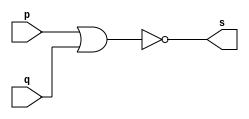
// -------------------------
// Exercicio02 - NOR
// Nome: Raphael Quintao
// -------------------------
// -------------------------
// -- nor gate
// -------------------------
module norgate ( output s, input p, q);
assign s = ~(p | q);
endmodule // orgate
// ---------------------
// -- test or gate
// ---------------------
module testnorgate;
// ------------------------- dados locais
reg a, b; // definir registradores
wire s; // definir conexao (fio)
// ------------------------- instancia
norgate NOR1 (s, a, b);
// ------------------------- preparacao
initial begin:start
// atribuicao simultanea
// dos valores iniciais
a=0; b=0;
end
// ------------------------- parte principal
initial begin
$display("Exercicio02 - Raphael Quintao - 445171");
$display("Test NOR gate");
$display("\na & b = s\n");
$monitor("~(%b | %b) = %b", a, b, s);

#1 a=0; b=0;
#1 a=0; b=1;
#1 a=1; b=0;
#1 a=1; b=1;
end
endmodule // testandgate